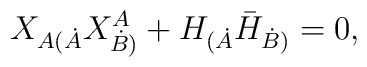
X_{A(\dot{A}} X^A_{\dot{B})}+H_{(\dot{A}}\bar{H}_{\dot{B})}=0 ,